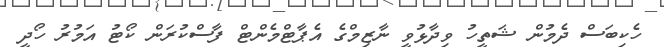
ހެކިބަސް ދެމުން ޝަތީހު ވިދާޅުވީ ނާޒިމްގެ އެޕާޓްމެންޓް ފާސްކުރަން ކޯޓު އަމުރު ހޯދީ